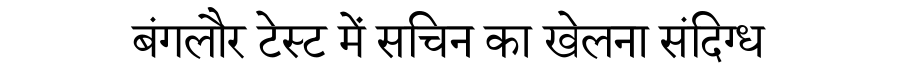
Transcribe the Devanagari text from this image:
बंगलौर टेस्ट में सचिन का खेलना संदिग्ध